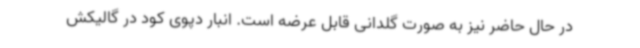
در حال حاضر نیز به صورت گلدانی قابل عرضه است. انبار دپوی کود در گالیکش